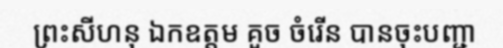
ព្រះសីហនុ ឯកឧត្តម គួច ចំរើន បានចុះបញ្ជា